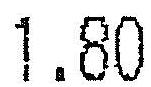
1.80